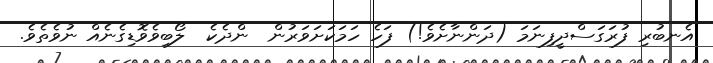
އެނބުރި ފުރަގަސްދީފިނަމަ (ދަންނާށެވެ!) ފަހެ ހަމަކަށަވަރުން  ންދެކެ  ލޯބިވެވޮޑިގެނެއް ނުވެތެވެ.